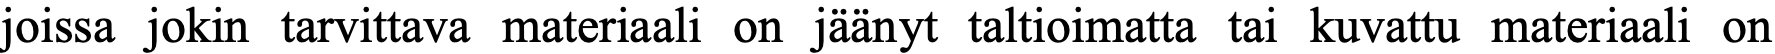
joissa jokin tarvittava materiaali on jäänyt taltioimatta tai kuvattu materiaali on